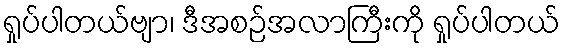
ရှုပ်ပါတယ်ဗျာ၊ ဒီအစဉ်အလာကြီးကို ရှုပ်ပါတယ်